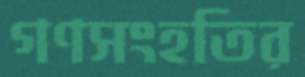
গণসংহতির